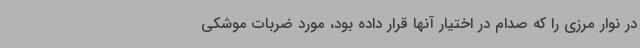
در نوار مرزی را که صدام در اختیار آنها قرار داده بود، مورد ضربات موشکی